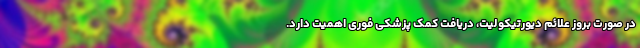
در صورت بروز علائم دیورتیکولیت، دریافت کمک پزشکی فوری اهمیت دارد.